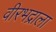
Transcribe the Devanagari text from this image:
वीरभद्राला